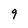
Character: 9